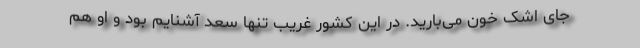
جای اشک خون می‌بارید. در این کشور غریب تنها سعد آشنایم بود و او هم